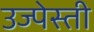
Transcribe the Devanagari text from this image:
उज्पेस्ती